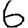
Digit: 6